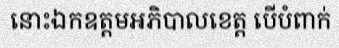
នោះឯកឧត្តមអភិបាលខេត្ត បើបំពាក់